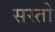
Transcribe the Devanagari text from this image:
सस्तो